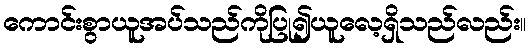
ကောင်းစွာယူအပ်သည်ကိုပြု၍ယူလေ့ရှိသည်လည်း။